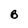
Character: B